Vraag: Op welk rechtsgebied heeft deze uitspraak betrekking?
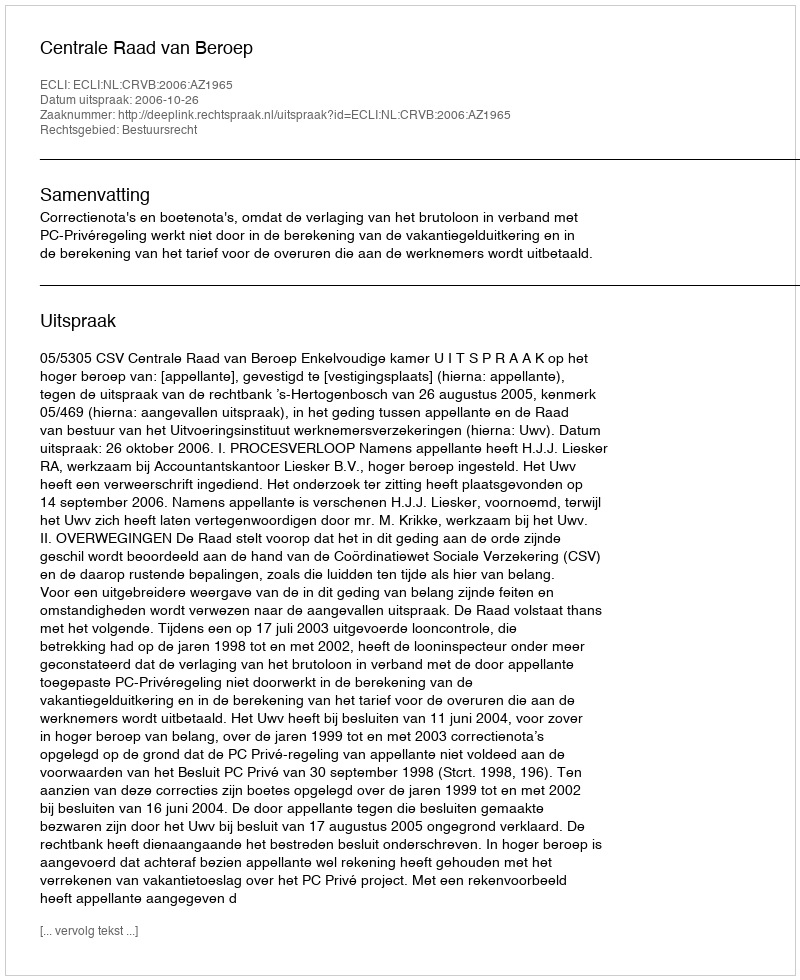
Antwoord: Bestuursrecht